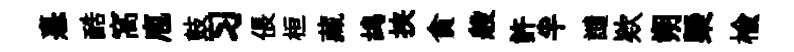
憙酷窩庖鼓习倀桓藏鸪挟貪般許半譴欵朔㮣榆